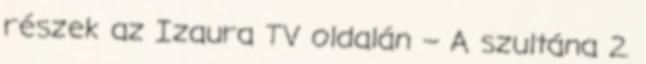
részek az Izaura TV oldalán – A szultána 2.